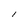
Character: l